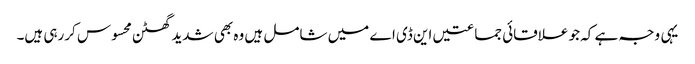
یہی وجہ ہے کہ جو علاقائی جماعتیں این ڈی اے میں شامل ہیں وہ بھی شدید گھٹن محسوس کررہی ہیں۔